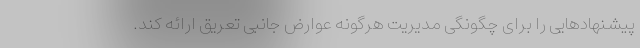
پیشنهادهایی را برای چگونگی مدیریت هرگونه عوارض جانبی تعریق ارائه کند.